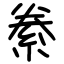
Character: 絭